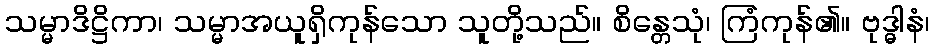
သမ္မာဒိဋ္ဌိကာ၊ သမ္မာအယူရှိကုန်သော သူတို့သည်။ စိန္တေသုံ၊ ကြံကုန်၏။ ဗုဒ္ဓါနံ၊